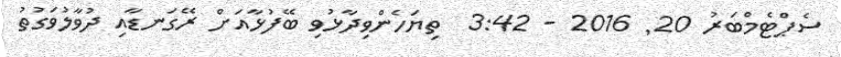
ސެޕްޓެމްބަރު 20